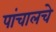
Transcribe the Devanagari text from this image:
पांचालचे